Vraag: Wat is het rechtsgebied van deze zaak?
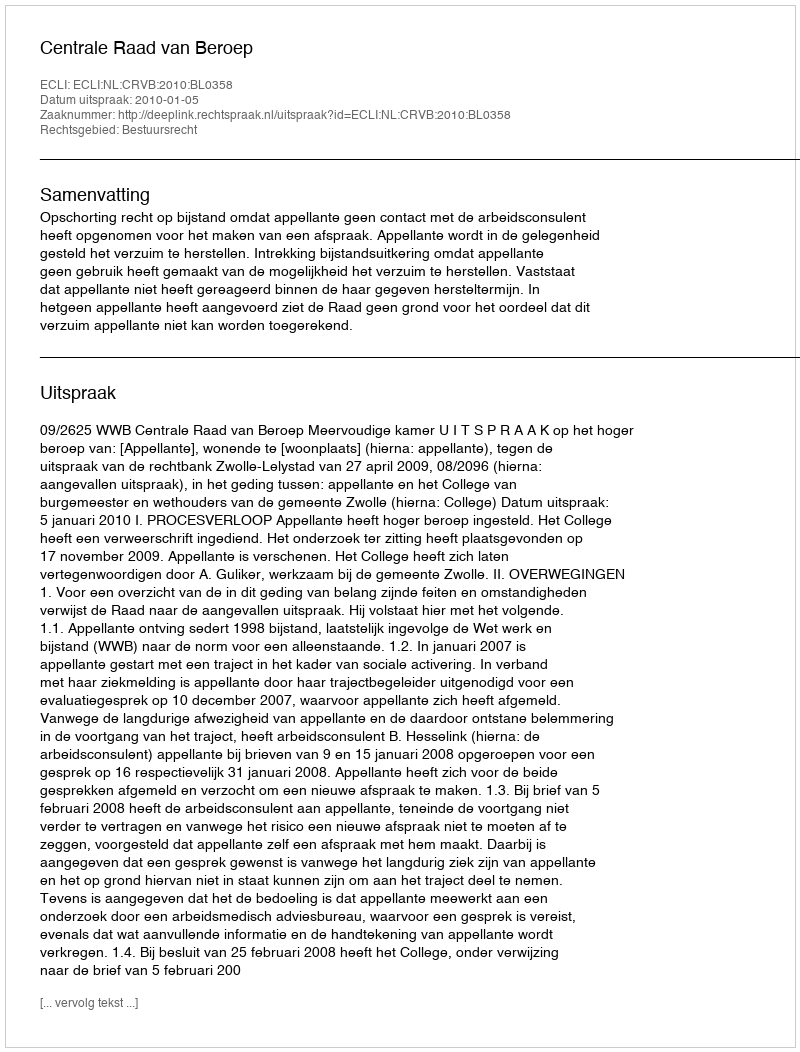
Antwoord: Bestuursrecht